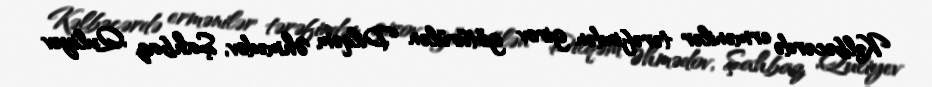
Kəlbəcərdə ermənilər tərəfindən girov götürülən Dilqəm Əhmədov, Şahbaz Quliyev